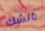
بالشك